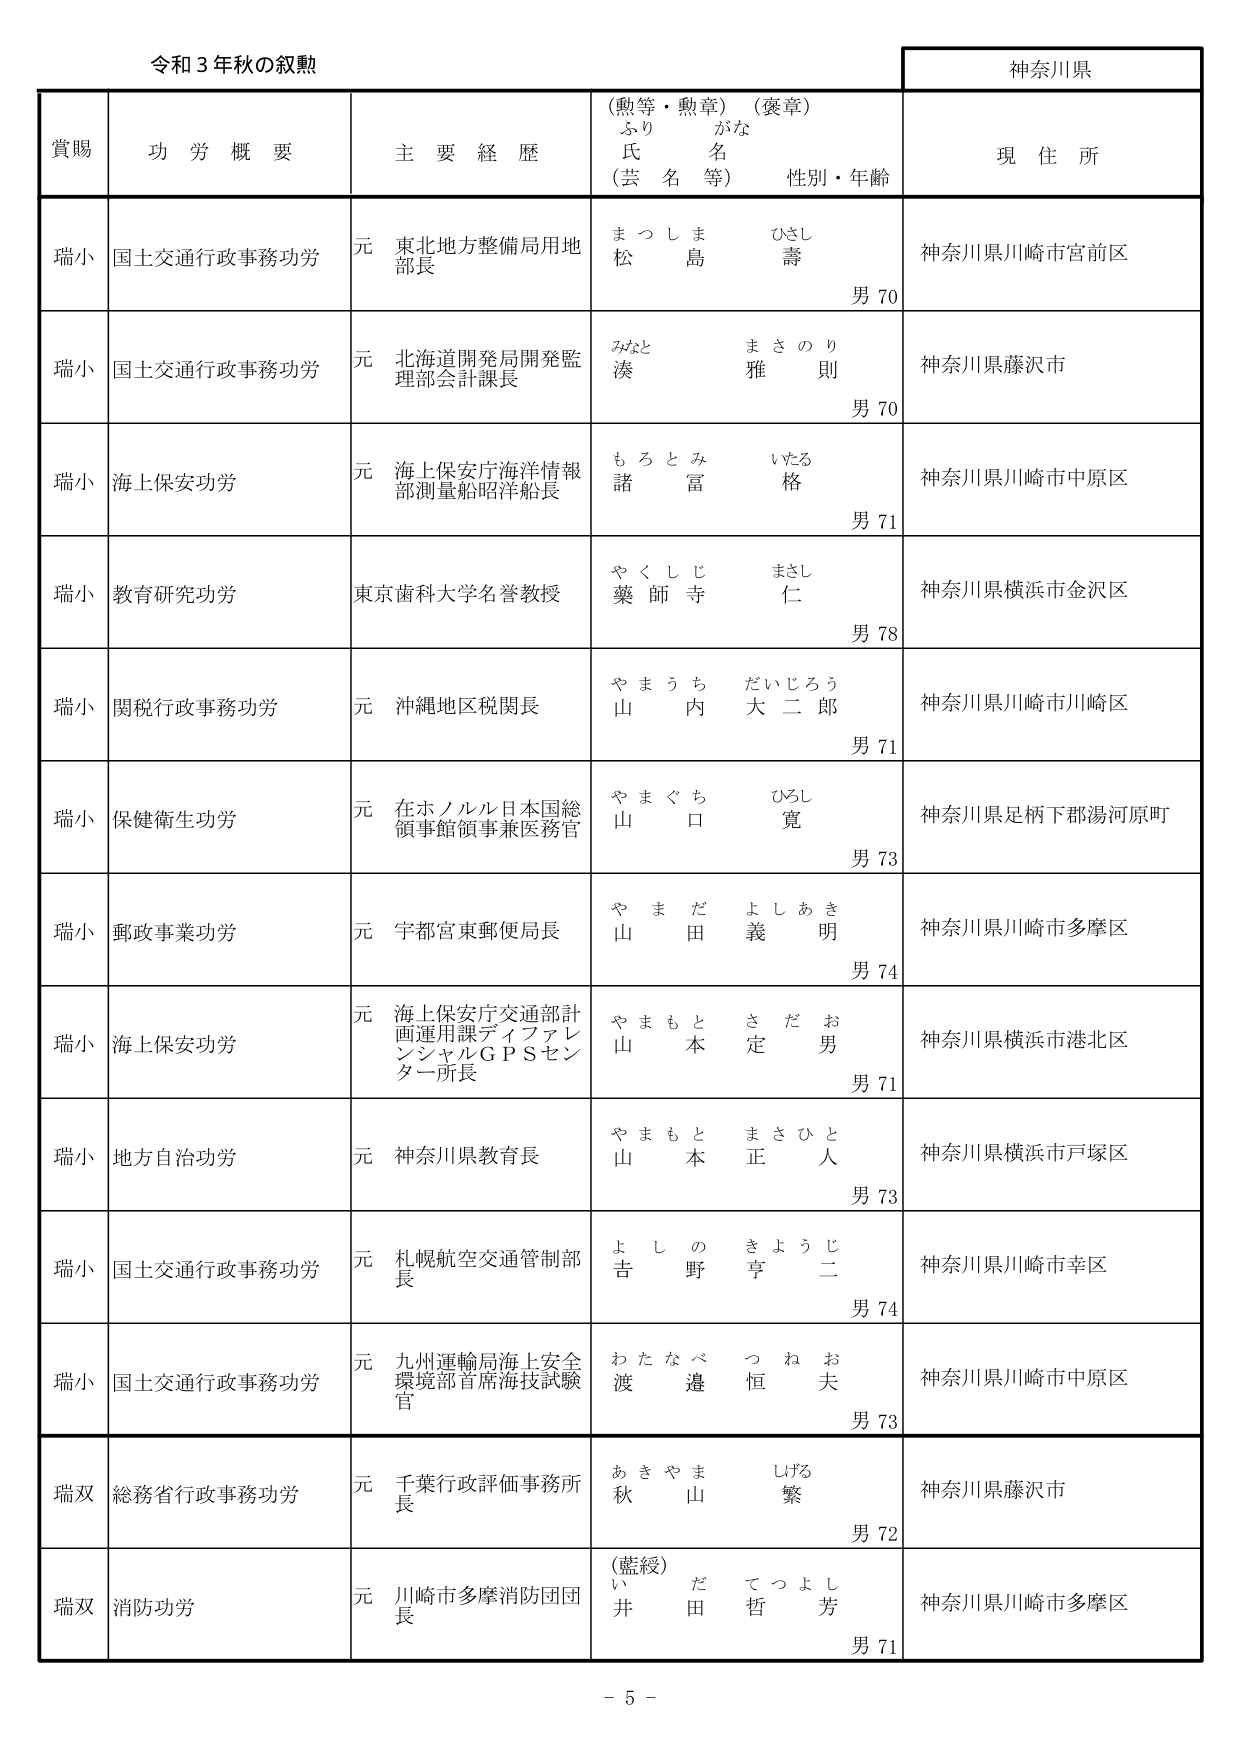
令和３年秋の叙勲

神奈川県

賞賜　功労概要　主要経歴　（勲等・勲章）（褒章）　ふりがな　氏名（芸名等）　性別・年齢　現住所

瑞小　国土交通行政事務功労　元　東北地方整備局用地部長　まつしま　ひさし　松島　壽　男70　神奈川県川崎市宮前区

瑞小　国土交通行政事務功労　元　北海道開発局開発監理部会計課長　みなと　まさのり　湊　雅則　男70　神奈川県藤沢市

瑞小　海上保安功労　元　海上保安庁海洋情報部測量船昭洋船長　もろとみ　いたる　諸富　格　男71　神奈川県川崎市中原区

瑞小　教育研究功労　東京歯科大学名誉教授　やくしじ　まさし　薬師寺　仁　男78　神奈川県横浜市金沢区

瑞小　関税行政事務功労　元　沖縄地区税関長　やまうち　だいじろう　山内　大二郎　男71　神奈川県川崎市川崎区

瑞小　保健衛生功労　元　在ホノルル日本国総領事館領事兼医務官　やまぐち　ひろし　山口　寛　男73　神奈川県足柄下郡湯河原町

瑞小　郵政事業功労　元　宇都宮東郵便局長　やまだ　よしあき　山田　義明　男74　神奈川県川崎市多摩区

瑞小　海上保安功労　元　海上保安庁交通部計画運用課ディファレンシャルＧＰＳセンター所長　やまもと　さだお　山本　定男　男71　神奈川県横浜市港北区

瑞小　地方自治功労　元　神奈川県教育長　やまもと　まさひと　山本　正人　男73　神奈川県横浜市戸塚区

瑞小　国土交通行政事務功労　元　札幌航空交通管制部長　よしの　きょうじ　吉野　亨二　男74　神奈川県川崎市幸区

瑞小　国土交通行政事務功労　元　九州運輸局海上安全環境部首席海技試験官　わたなべ　つねお　渡邉　恒夫　男73　神奈川県川崎市中原区

瑞双　総務省行政事務功労　元　千葉行政評価事務所長　あきやま　しげる　秋山　繁　男72　神奈川県藤沢市

瑞双　消防功労　元　川崎市多摩消防団団長　（藍綬）　い　だ　てつよし　井田　哲芳　男71　神奈川県川崎市多摩区

－5－